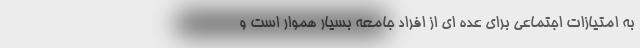
به امتیازات اجتماعی برای عده ای از افراد جامعه بسیار هموار است و